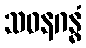
သဝနဂန္ဓံ